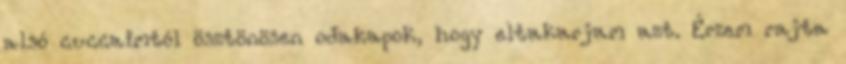
alsó cuccaimtól ösztönösen odakapok, hogy eltakarjam azt. Érzem rajta